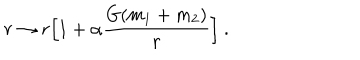
LaTeX: r \rightarrow r \Big [ 1 + \alpha \frac { G ( m _ { 1 } + m _ { 2 } ) } { r } \Big ] ~ .